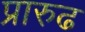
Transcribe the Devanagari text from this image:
प्रारुढ